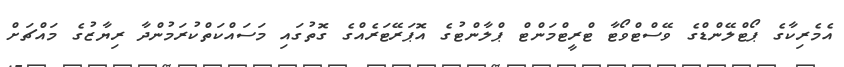
އެމެރިކާގެ ޕޯޓްލޭންޑްގެ ވޭސްޓްވޯޓާ ޓްރީޓްމަންޓް ޕްލާންޓުގެ އޮޕަރޭޓަރެއްގެ ގޮތުގައި މަސައްކަތްކުރަމުންދާ ރިޔާޒުގެ މައްޗަށް